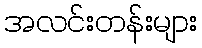
အလင်းတန်းများ